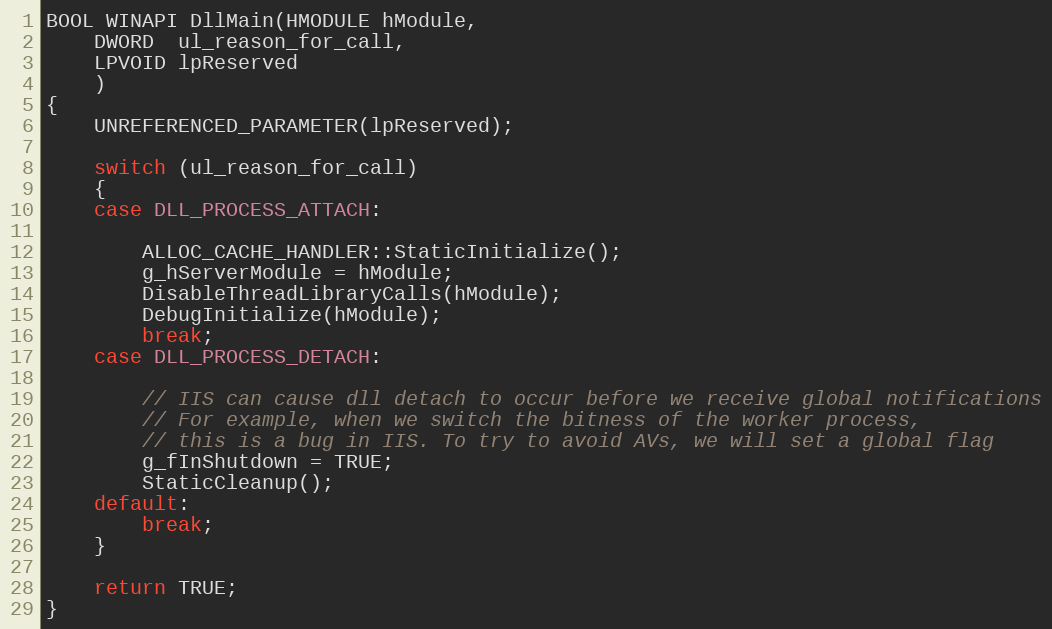
Language: C++
BOOL WINAPI DllMain(HMODULE hModule,
    DWORD  ul_reason_for_call,
    LPVOID lpReserved
    )
{
    UNREFERENCED_PARAMETER(lpReserved);

    switch (ul_reason_for_call)
    {
    case DLL_PROCESS_ATTACH:

        ALLOC_CACHE_HANDLER::StaticInitialize();
        g_hServerModule = hModule;
        DisableThreadLibraryCalls(hModule);
        DebugInitialize(hModule);
        break;
    case DLL_PROCESS_DETACH:

        // IIS can cause dll detach to occur before we receive global notifications
        // For example, when we switch the bitness of the worker process,
        // this is a bug in IIS. To try to avoid AVs, we will set a global flag
        g_fInShutdown = TRUE;
        StaticCleanup();
    default:
        break;
    }

    return TRUE;
}